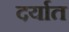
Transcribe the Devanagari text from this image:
दर्यात